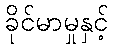
ခိုင်မာမှုနှင့်